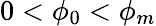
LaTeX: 0<\phi_{0}<\phi_{m}